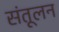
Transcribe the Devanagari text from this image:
संतूलन